Vaccination in the Punjab 1905-1918 - 1905-1918
Year: 1905
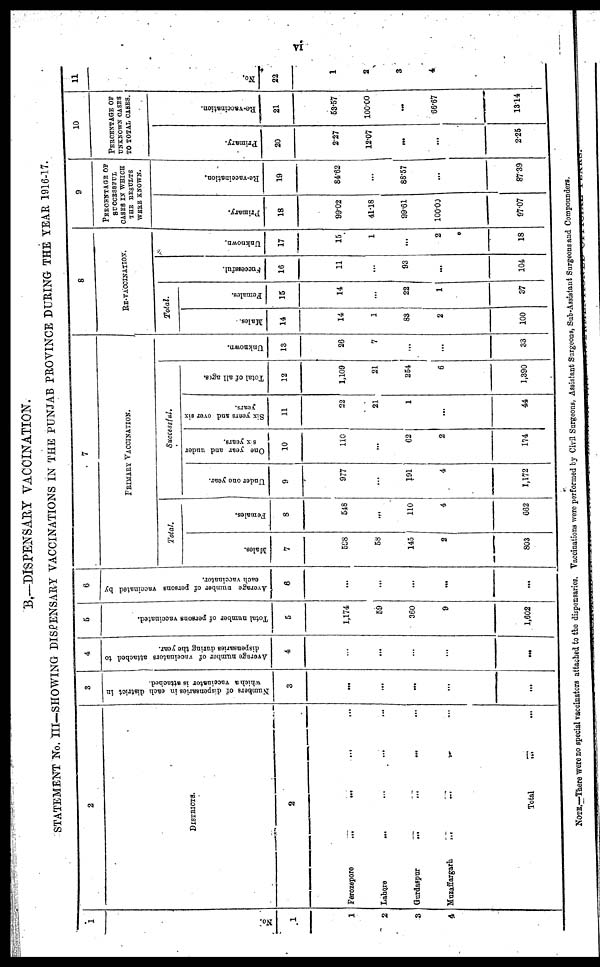
vi
B.—DISPENSARY VACCINATION.
STATEMENT No. III—SHOWING DISPENSARY VACCINATIONS IN THE PUNJAB PROVINCE DURING THE YEAR 1916-17.
1
No
1
1
2
3
4
2
DISTRICTS.
2
Ferozepore
...
...
...
...
Lahore
...
...
...
...
Gurdaspur
...
...
...
...
Muzaffargarh
...
...
...
...
Total
...
...
3
Numbers of dispensaries in each district in
which a vaccinator is attached.
3
...
...
...
...
...
4
Average number of vaccinators attached to
dispensaries during the year.
4
...
...
...
...
...
5
Total number of persons vaccinated.
5
1,174
59
360
9
1,602
6
Average number of persons vaccinated by
each vaccinator.
6
...
...
...
...
...
7
PRIMARY VACCINATION.
Total.
Males.
7
598
58
145
2
803
Females.
8
548
...
110
4
662
Successful.
Under one year.
9
977
...
191
4
1,172
One year and under
six years.
10
110
...
62
2
174
Six years and over six
years.
11
22
21
1
...
44
Total of all ages.
12
1,109
21
254
6
1,390
Un k n o wn .
13
26
7
...
...
33
8
RE-VACCINATION.
Total.
Males.
14
14
1
83
2
100
Females.
15
14
...
22
1
37
Successful.
16
11
...
93
...
104
Unknown.
17
15
1
...
2
18
9
PERCENTAGE OF
SUCCESSFUL
CASES IN WHICH
THE RESULTS
WERE KNOWN.
Primary.
18
99.02
41.18
99.61
100.00
97.07
Re-vaccination.
19
84.62
...
88.57
...
87.39
10
PERCENTAGE OF
UNKNOWN CASES
TO TOTAL CASES.
Primary.
20
2.27
12.07
...
...
2.25
Re-vaccination.
21
53.57
100.00
...
66.67
13.14
11
No.
22
1
2
3
4
NOTE—There were no special vaccinators attached to the dispensaries. Vaccinations were performed by Civil Surgeons, Assistant Surgeons, Sub-Assistant Surgeons and Compounders.